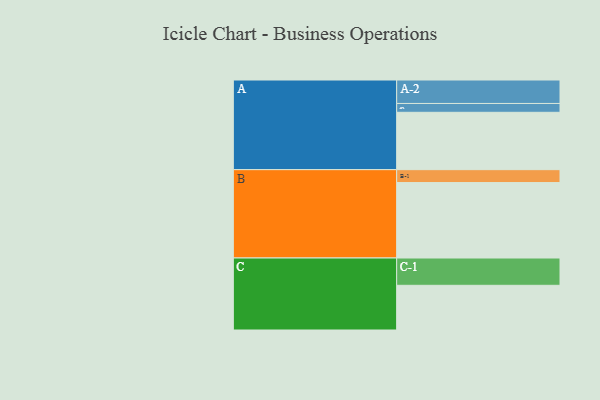
{"axis": {"x": "Segment", "y": "Value"}, "legend": ["", "A", "B", "C"], "data": [{"x": "A", "y": 435, "type": ""}, {"x": "B", "y": 572, "type": ""}, {"x": "C", "y": 339, "type": ""}, {"x": "A-1", "y": 67, "type": "A"}, {"x": "A-2", "y": 178, "type": "A"}, {"x": "B-1", "y": 98, "type": "B"}, {"x": "C-1", "y": 207, "type": "C"}]}